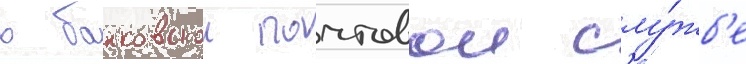
в банковскои почтовои слу́жб'е